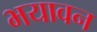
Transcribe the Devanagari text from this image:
भयावन